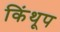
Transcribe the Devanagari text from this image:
किंथूप